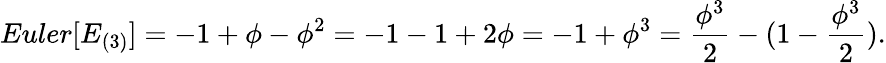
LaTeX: {Euler}[E_{(3)}]=-1+\phi-\phi^{2}=-1-1+2\phi=-1+\phi^{3}={\frac{\phi^{3}}{2}}-(1-{\frac{\phi^{3}}{2}}).